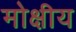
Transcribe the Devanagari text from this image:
मोक्षीय